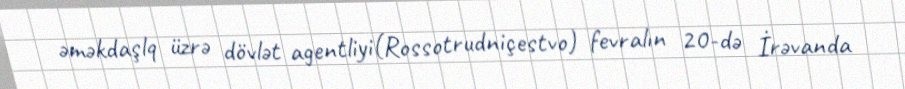
əməkdaşlq üzrə dövlət agentliyi(Rossotrudniçestvo) fevralın 20-də İrəvanda